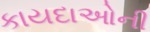
કાયદાઓની